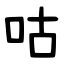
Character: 咕